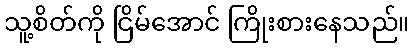
သူ့စိတ်ကို ငြိမ်အောင် ကြိုးစားနေသည်။